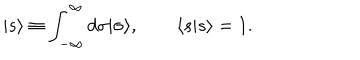
| s \rangle \equiv \int _ { - \infty } ^ { \infty } d \sigma | \sigma \rangle , \qquad \langle s | s \rangle = 1 .